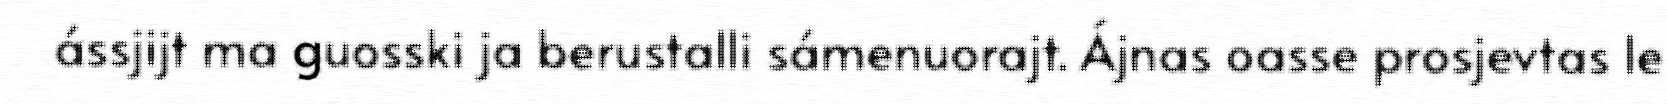
ássjijt ma guosski ja berustalli sámenuorajt. Ájnas oasse prosjevtas le